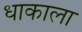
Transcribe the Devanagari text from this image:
धाकाला